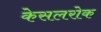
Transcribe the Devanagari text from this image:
केसलरोक